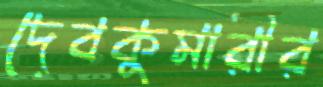
দেবকুমারীর